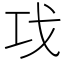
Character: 𰏈